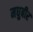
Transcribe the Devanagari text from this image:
मधुबीर